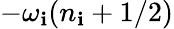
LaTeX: -{\omega_{\mathbf{i}}}(n_{\mathbf{i}}+1/2)